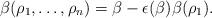
LaTeX: \begin{align*}\beta(\rho_1, \dots , \rho_n) = \beta - \epsilon(\beta) \beta(\rho_1).\end{align*}